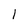
Character: 1